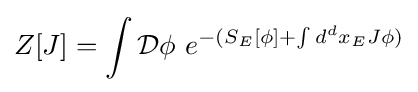
Z[J]=\int {\mathcal {D}}\phi \ e^{-(S_{E}[\phi ]+\int d^{d}x_{E}J\phi )}